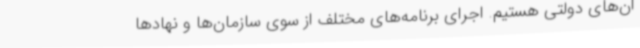
ان‌های دولتی هستیم. اجرای برنامه‌های مختلف از سوی سازمان‌ها و نهادها